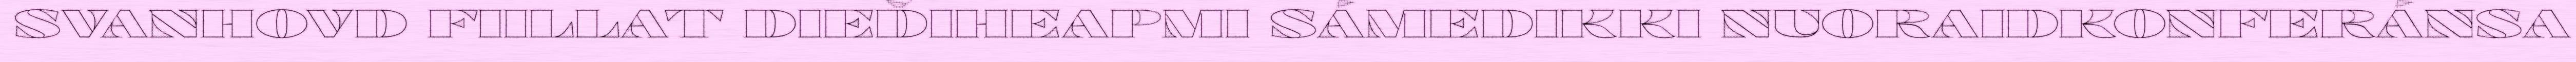
SVANHOVD FIILLAT DIEĐIHEAPMI SÁMEDIKKI NUORAIDKONFERÁNSA